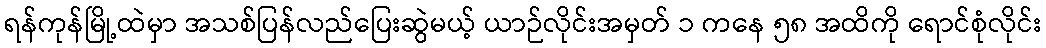
ရန်ကုန်မြို့ထဲမှာ အသစ်ပြန်လည်ပြေးဆွဲမယ့် ယာဉ်လိုင်းအမှတ် ၁ ကနေ ၅၈ အထိကို ရောင်စုံလိုင်း